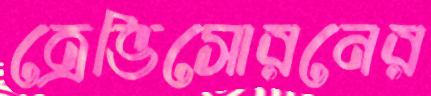
ত্রেভিসোরনের